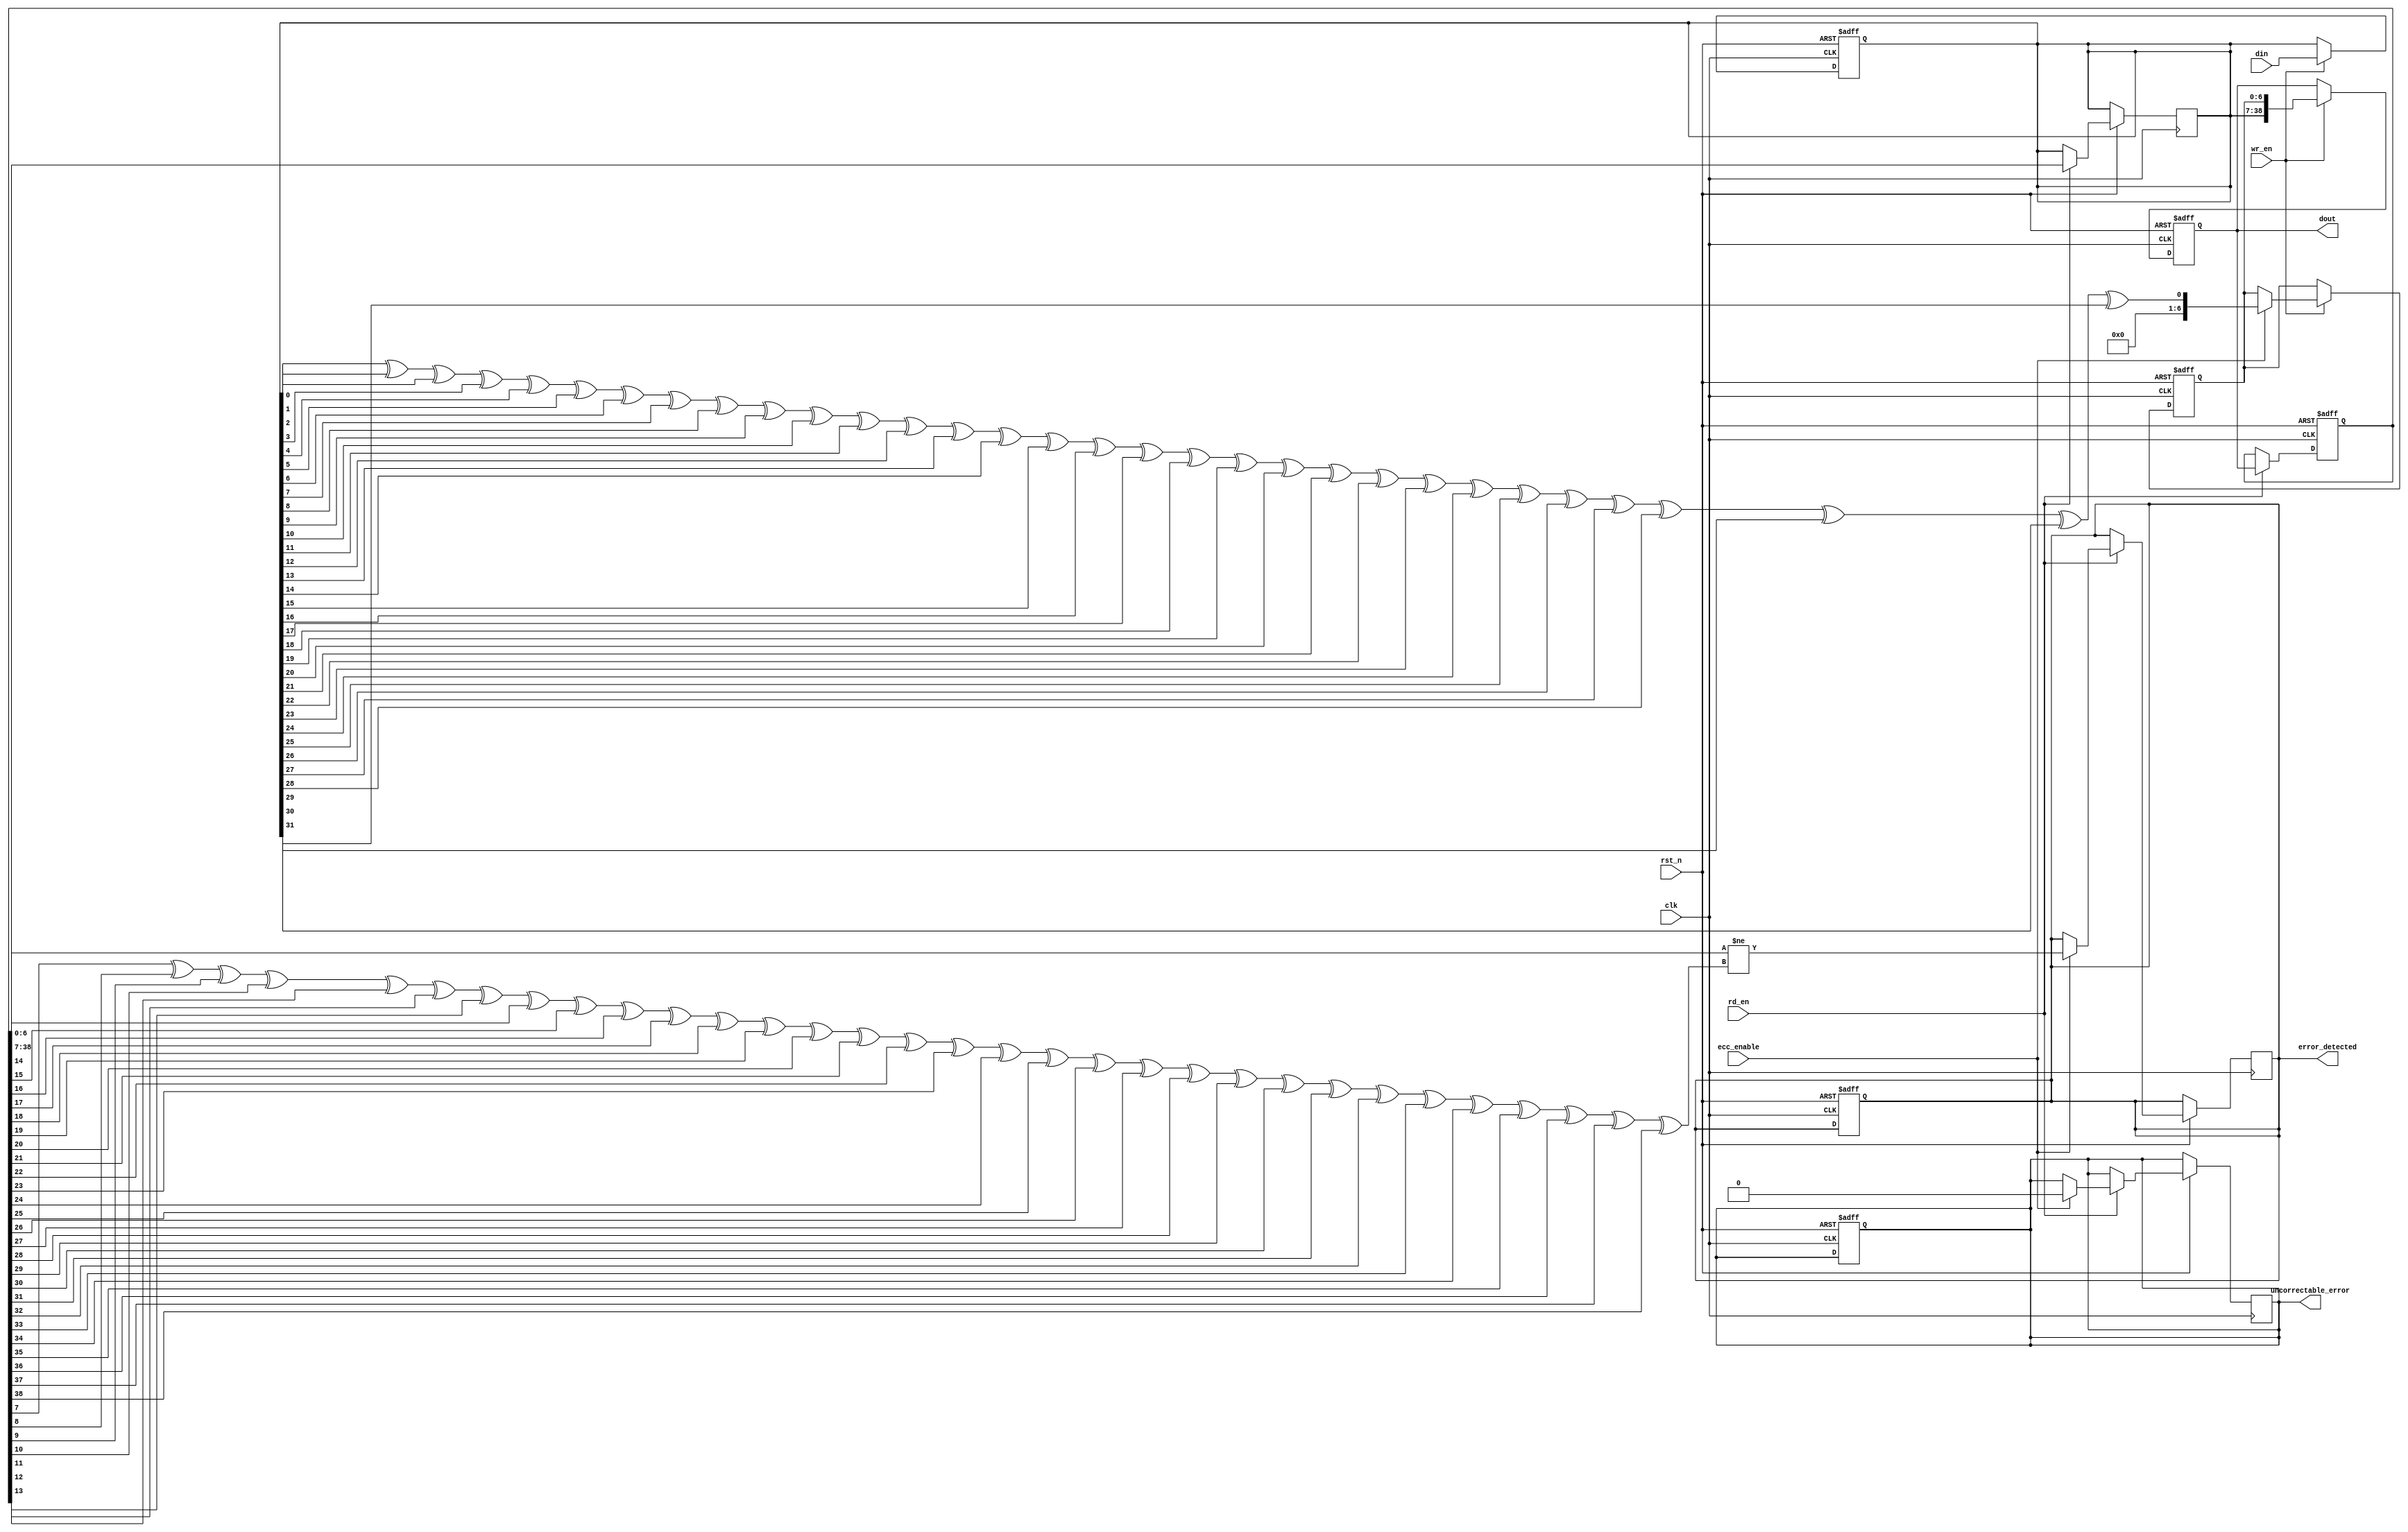
module ecc_dram_io #(
    parameter DATA_WIDTH = 32,        // Data width (e.g., 32 bits)
    parameter ECC_WIDTH = 7           // ECC width for Hamming code (for 32 bits)
)(
    input wire clk,                   // Clock signal
    input wire rst_n,                 // Active low reset
    input wire [DATA_WIDTH-1:0] din,  // Data input from external bus
    input wire wr_en,                 // Write enable signal
    input wire rd_en,                 // Read enable signal
    input wire ecc_enable,            // ECC enable signal
    output reg [DATA_WIDTH + ECC_WIDTH - 1:0] dout, // Data output with ECC bits
    output reg error_detected,        // Error detected signal
    output reg uncorrectable_error    // Uncorrectable error signal
);

    // Internal signals
    reg [DATA_WIDTH-1:0] data_buffer; // Buffer for incoming data
    reg [ECC_WIDTH-1:0] ecc_buffer;   // Buffer for ECC bits
    reg [DATA_WIDTH + ECC_WIDTH - 1:0] read_data; // Data read from memory

    // ECC Encoding Logic (Hamming Code)
    function [ECC_WIDTH-1:0] hamming_encode;
        input [DATA_WIDTH-1:0] data;
        reg [ECC_WIDTH-1:0] ecc;
        integer i;
        begin
            ecc = 0;
            // Example Hamming encoding logic (simplified)
            for (i = 0; i < DATA_WIDTH; i = i + 1) begin
                ecc = ecc ^ data[i]; // Simple parity for demonstration
            end
            hamming_encode = ecc;
        end
    endfunction

    // ECC Decoding Logic
    function [DATA_WIDTH-1:0] hamming_decode;
        input [DATA_WIDTH + ECC_WIDTH - 1:0] data_with_ecc;
        reg [ECC_WIDTH-1:0] received_ecc;
        reg [DATA_WIDTH-1:0] received_data;
        reg [ECC_WIDTH-1:0] calculated_ecc;
        integer i;
        begin
            received_data = data_with_ecc[DATA_WIDTH + ECC_WIDTH - 1:ECC_WIDTH];
            received_ecc = data_with_ecc[ECC_WIDTH-1:0];
            calculated_ecc = hamming_encode(received_data);
            error_detected = (received_ecc != calculated_ecc);
            if (error_detected) begin
                // Attempt to correct single-bit errors (simplified)
                // In a real implementation, you would need to identify the error position
                // and correct it accordingly.
                uncorrectable_error = 1'b0; // Assume correctable for this example
            end else begin
                uncorrectable_error = 1'b0;
            end
            hamming_decode = received_data;
        end
    endfunction

    // Write Operation
    always @(posedge clk or negedge rst_n) begin
        if (!rst_n) begin
            data_buffer <= 0;
            ecc_buffer <= 0;
            dout <= 0;
            error_detected <= 0;
            uncorrectable_error <= 0;
        end else if (wr_en) begin
            data_buffer <= din; // Capture incoming data
            if (ecc_enable) begin
                ecc_buffer <= hamming_encode(data_buffer); // Generate ECC bits
            end
            dout <= {data_buffer, ecc_buffer}; // Output data with ECC
        end
    end

    // Read Operation
    always @(posedge clk or negedge rst_n) begin
        if (!rst_n) begin
            read_data <= 0;
        end else if (rd_en) begin
            // Simulate reading data from memory
            read_data <= dout; // In a real design, this would come from memory
            if (ecc_enable) begin
                data_buffer <= hamming_decode(read_data); // Decode and check for errors
            end else begin
                data_buffer <= read_data[DATA_WIDTH + ECC_WIDTH - 1:ECC_WIDTH];
            end
        end
    end

endmodule